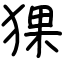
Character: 猓